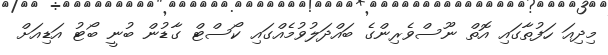
މިދިއަ ހަފުތާގައި އޮތް ނޫސްވެރިންގެ ބައްދަލުވުމެއްގައި ކޯސްޓް ގާޑުން ބުނީ ބޯޓު އަޑިއަށް